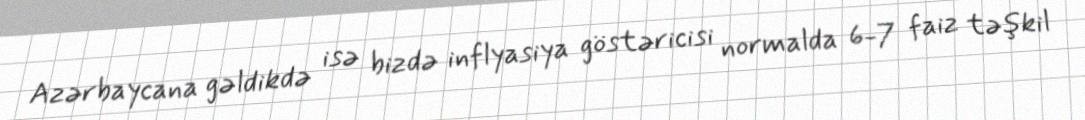
Azərbaycana gəldikdə isə bizdə inflyasiya göstəricisi normalda 6-7 faiz təşkil